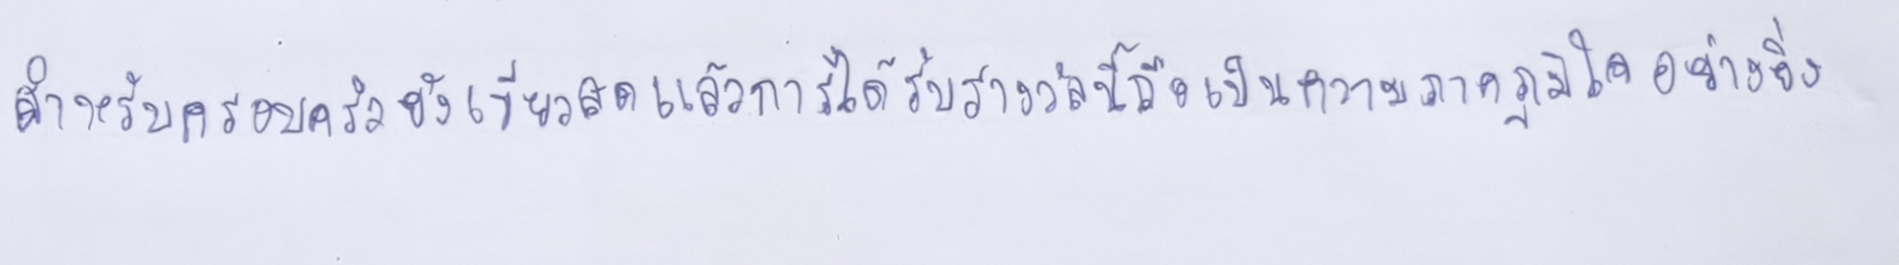
สำหรับครอบครัวยังเขียวสดแล้วการได้รับรางวัลนี้ถือเป็นความภาคภูมิใจอย่างยิ่ง